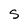
Character: S